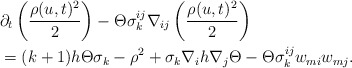
\begin{align*}&\partial_{t}\left(\frac{\rho(u,t)^{2}}{2}\right)-\Theta\sigma^{ij}_{k}\nabla_{ij}\left(\frac{\rho(u,t)^{2}}{2}\right)\\&=(k+1)h\Theta\sigma_{k}-\rho^{2}+\sigma_{k}\nabla_{i}h\nabla_{j}\Theta-\Theta\sigma^{ij}_{k}w_{mi}w_{mj}.\end{align*}